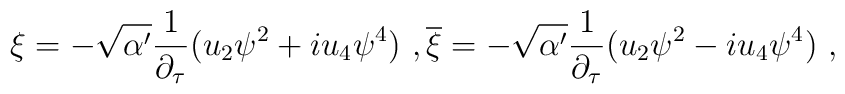
\xi=-\sqrt{\alpha'}\frac{1}{\partial_{\tau}}(u_2\psi^2+iu_4\psi^4) \ ,\overline{\xi}=-\sqrt{\alpha'}\frac{1}{\partial_{\tau}}(u_2\psi^2-iu_4\psi^4) \ ,